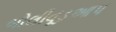
બોલીવૂડઆપ